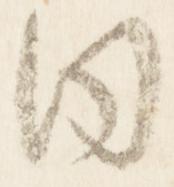
同